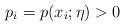
LaTeX: \begin{align*}p_i = p(x_i; \eta) >0 \end{align*}